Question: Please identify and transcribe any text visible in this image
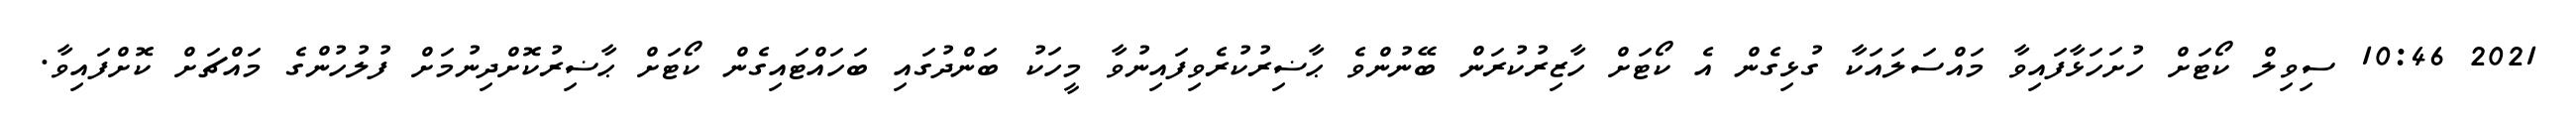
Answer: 2021 10:46 ސިވިލް ކޯޓަށް ހުށަހަޅާފައިވާ މައްސަލައަކާ ގުޅިގެން އެ ކޯޓަށް ހާޒިރުކުރަން ބޭނުންވެ ޙާޟިރުކުރެވިފައިނުވާ މީހަކު ބަންދުގައި ބަހައްޓައިގެން ކޯޓަށް ޙާޟިރުކޮށްދިނުމަށް ފުލުހުންގެ މައްޗަށް ކޮށްފައިވާ.